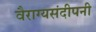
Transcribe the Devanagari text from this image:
वैराग्यसंदीपनी